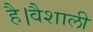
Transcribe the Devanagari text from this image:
है।वैशाली